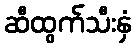
ဆီထွက်သီးနှံ